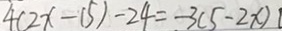
4 ( 2 x - 1 5 ) - 2 4 = - 3 ( 5 - 2 x )